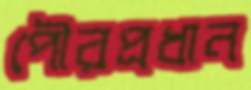
পৌরপ্রধান